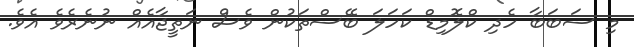
މި ސަބަބާ ހެދި ކްލޮމިޑް ކަހަލަ ބޭސްތަކުން ވެސް ނަތީޖާއެއް ނުނެރެވެ އެވެ.